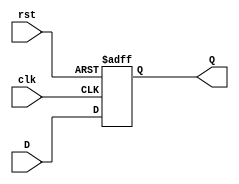
`timescale 1ns / 1ps
/*******************************************************************  
*  
* Module: flipflop.v  
* Project: SSRisc  
* Description: a d flipflop
*  
* Change history: 17/06/19 - created in lab  
*                 
*  **********************************************************************/ 


module flipflop(
input clk,
input rst,
input D,
output reg Q
    );
    
    
    always @ (posedge clk or posedge rst)
     if (rst) begin
     Q <= 1'b0;
     end else begin
     Q <= D;
     end

endmodule